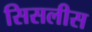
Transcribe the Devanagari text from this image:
सिसलीस